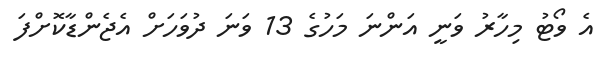
އެ ވޯޓު މިހާރު ވަނީ އަންނަ މަހުގެ 13 ވަނަ ދުވަހަށް އެޖެންޑާކޮށްފަ